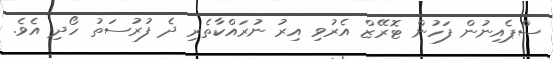
ސްޕެއިނުން ފަހުން ޓޮރޭޒް އެރުވި އިރު ނުރައްކާތެރި ދެ ފުރުސަތު ހޯދި އެވެ.